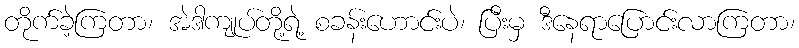
တိုက်ခဲ့ကြတာ၊ အဲဒါကျုပ်တို့ရဲ့ စခန်းဟောင်းပဲ၊ ပြီးမှ ဒီနေရာပြောင်းလာကြတာ၊